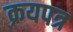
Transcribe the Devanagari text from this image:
क्रयपत्र